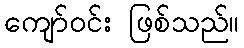
ကျော်ဝင်း ဖြစ်သည်။